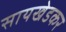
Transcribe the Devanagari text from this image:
सायखेडकर